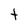
Character: T